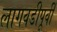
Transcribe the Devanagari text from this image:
लागवडीपूर्वी